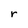
Character: r